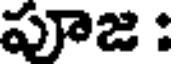
పూజ :